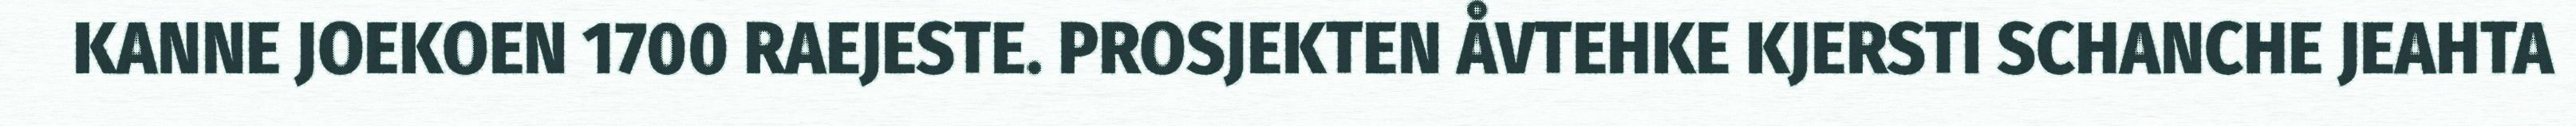
KANNE JOEKOEN 1700 RAEJESTE. PROSJEKTEN ÅVTEHKE KJERSTI SCHANCHE JEAHTA